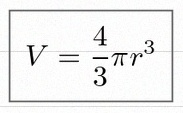
V=\frac43\pi r^3